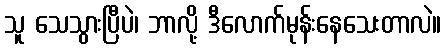
သူ သေသွားပြီပဲ၊ ဘာလို့ ဒီလောက်မုန်းနေသေးတာလဲ။